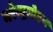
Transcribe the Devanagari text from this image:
नरेन्द्रमोहन